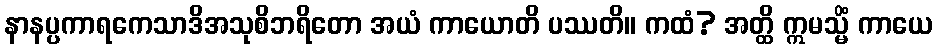
နာနပ္ပကာရကေသာဒိအသုစိဘရိတော အယံ ကာယောတိ ပဿတိ။ ကထံ? အတ္ထိ ဣမသ္မိံ ကာယေ